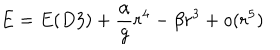
LaTeX: E = E ( D 3 ) + \frac { \alpha } { g } r ^ { 4 } - \beta r ^ { 3 } + o ( r ^ { 5 } )